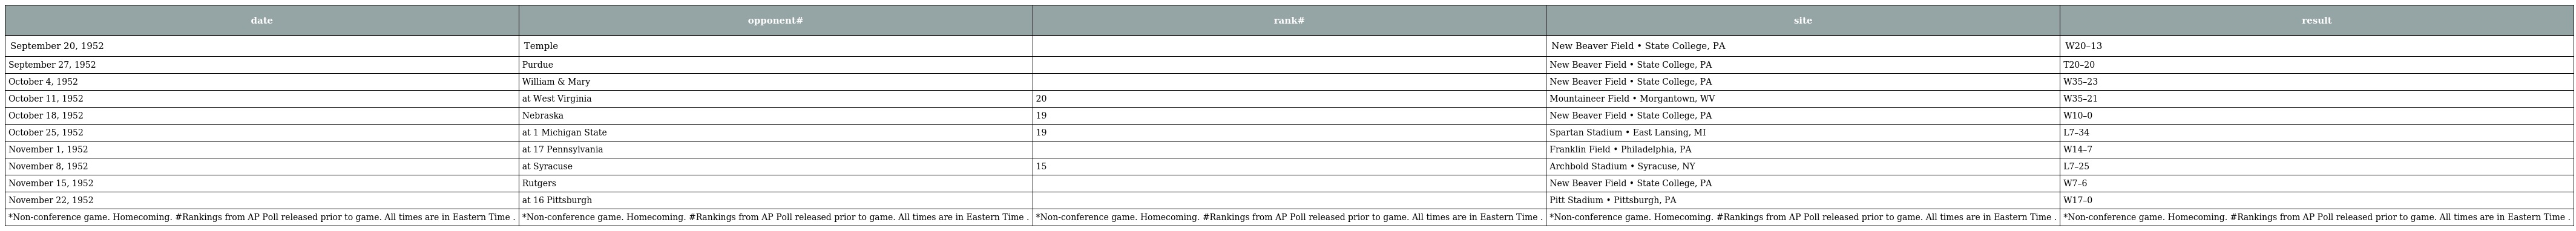
| date | opponent# | rank# | site | result |
 | --- | --- | --- | --- | --- |
 | September 20, 1952 | Temple |  | New Beaver Field • State College, PA | W20–13 |
 | September 27, 1952 | Purdue |  | New Beaver Field • State College, PA | T20–20 |
 | October 4, 1952 | William & Mary |  | New Beaver Field • State College, PA | W35–23 |
 | October 11, 1952 | at West Virginia | 20 | Mountaineer Field • Morgantown, WV | W35–21 |
 | October 18, 1952 | Nebraska | 19 | New Beaver Field • State College, PA | W10–0 |
 | October 25, 1952 | at 1 Michigan State | 19 | Spartan Stadium • East Lansing, MI | L7–34 |
 | November 1, 1952 | at 17 Pennsylvania |  | Franklin Field • Philadelphia, PA | W14–7 |
 | November 8, 1952 | at Syracuse | 15 | Archbold Stadium • Syracuse, NY | L7–25 |
 | November 15, 1952 | Rutgers |  | New Beaver Field • State College, PA | W7–6 |
 | November 22, 1952 | at 16 Pittsburgh |  | Pitt Stadium • Pittsburgh, PA | W17–0 |
 | *Non-conference game. Homecoming. #Rankings from AP Poll released prior to game. All times are in Eastern Time . | *Non-conference game. Homecoming. #Rankings from AP Poll released prior to game. All times are in Eastern Time . | *Non-conference game. Homecoming. #Rankings from AP Poll released prior to game. All times are in Eastern Time . | *Non-conference game. Homecoming. #Rankings from AP Poll released prior to game. All times are in Eastern Time . | *Non-conference game. Homecoming. #Rankings from AP Poll released prior to game. All times are in Eastern Time . |